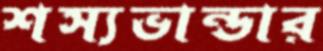
শস্যভান্ডার